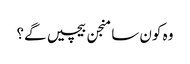
وہ کون سا منجن بیچیں گے؟